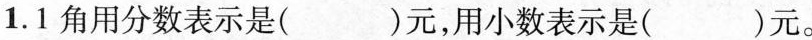
1.1角用分数表示是( )元，用小数表示是( )元。